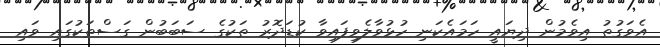
އެވަގުތު އިވެމުން ދިޔައީ ހަމައެކަނި ހުޅުވާލެވިފައިވާ ކުޑަދޮރު ތަކުގެ ސަބަބުން ގަސްތަކުގައި ވައި